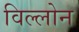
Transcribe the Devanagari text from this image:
विल्लोन